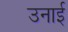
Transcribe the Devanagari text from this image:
उनाई